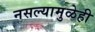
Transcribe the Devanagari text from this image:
नसल्यामुळेही